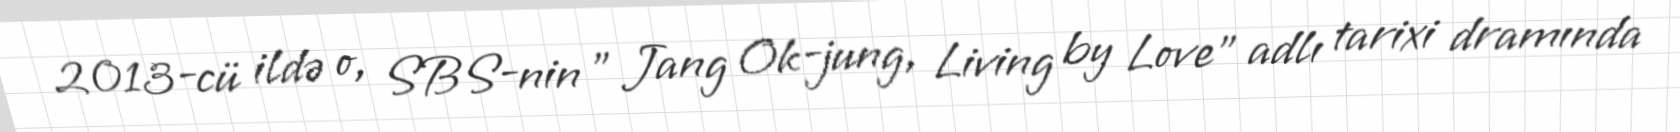
2013-cü ildə o, SBS-nin " Jang Ok-jung, Living by Love" adlı tarixi dramında